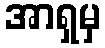
အာရှမှ